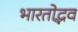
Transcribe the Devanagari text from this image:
भारतोद्भव